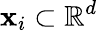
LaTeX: \mathbf{x}_{i}\subset\mathbb{R}^{d}